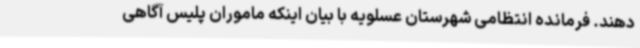
دهند. فرمانده انتظامی شهرستان عسلویه با بیان اینکه ماموران پلیس آگاهی